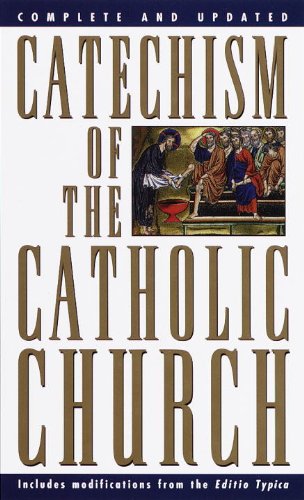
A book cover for Catechism of the Catholic Church; U.S. Catholic Church; Christian Books & Bibles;